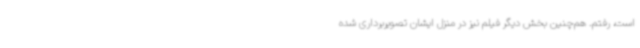
است، رفتم. هم‌چنین بخش دیگر فیلم نیز در منزل ایشان تصویربرداری شده